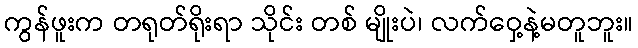
ကွန်ဖူးက တရုတ်ရိုးရာ သိုင်း တစ် မျိုးပဲ၊ လက်ဝှေ့နဲ့မတူဘူး။